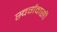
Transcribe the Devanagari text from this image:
स्‍वर्गवासी